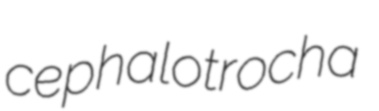
cephalotrocha